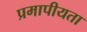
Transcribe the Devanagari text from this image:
प्रमापीयता